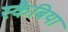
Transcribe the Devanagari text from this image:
स्कैबिया